Report on the cultivation and use of ganja
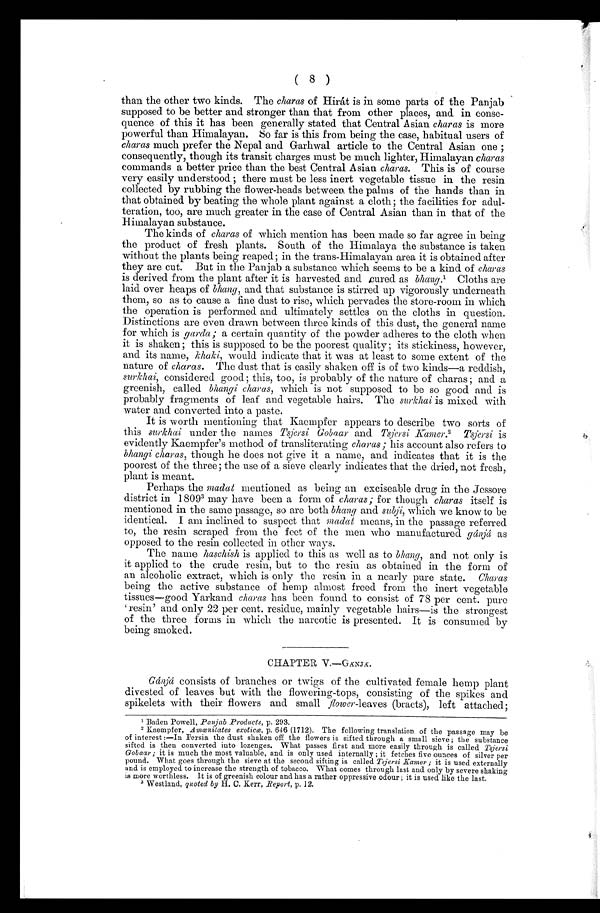
(8)
than the other two kinds. The charas of Hirát is in some parts of the Panjab
supposed to be better and stronger than that from other places, and in conse-
quence of this it has been generally stated that Central Asian charas is more
powerful than Himalayan. So far is this from being the case, habitual users of
charas much prefer the Nepal and Garhwal article to the Central Asian one ;
consequently, though its transit charges must be much lighter, Himalayan charas
commands a better price than the best Central Asian charas. This is of course
very easily understood ; there must be less inert vegetable tissue in the resin
collected by rubbing the flower-heads between the palms of the hands than in
that obtained by beating the whole plant against a cloth; the facilities for adul-
teration, too, are much greater in the case of Central Asian than in that of the
Himalayan substance.
The kinds of charas of which mention has been made so far agree in being
the product of fresh plants. South of the Himalaya the substance is taken
without the plants being reaped; in the trans-Himalayan area it is obtained after
they are cut. But in the Panjab a substance which seems to be a kind of charas
is derived from the plant after it is harvested. and cured as bhang. 1 Cloths are
l a i d . o v e r h e a p s o fb h a n g ,
a n d t h a t s u b s t a n c e i s s t i r r e d u p v i g o r o u s l y u n d e r n e a t h
them, so as to cause a fine dust to rise, which pervades the store-room in which
the operation is performed and ultimately settles on the cloths in question.
Distinctions are even drawn between three kinds of this dust, the general name
for which is garda ; a certain quantity of the powder adheres to the cloth when
it is shaken ; this is supposed to be the poorest quality; its stickiness, however,
and its name, khaki, would indicate that it was at least to some extent of the
nature of charas.T h e d u s t t h a t i s e a s i l y s h a k e n o f f i s o f t w o k i n d s — a r e d d i s h ,
surkhai, considered good ; this, too, is probably of the nature of charas ; and a
greenish, called bhangi charas, which is not supposed to be so good and is
probably fragments of leaf and vegetable hairs. The surkhai is mixed with
water and converted into a paste.
It is worth mentioning that Kaempfer appears to describe two sorts of
this surkhai under the names Tsjersi Gobaar and Tsjersi Kamer2 Tsjersi is
evidently Kaempfer's method of transliterating charas; his account also refers to
bhangi charas, though he does not give it a name, and indicates that it is the
poorest of the three; the use of a sieve clearly indicates that the dried, not fresh,
plant is meant.
Perhaps the madat mentioned as being an exciseable drug in the Jessore
district in 18093 may have been a form of charas; for though charas itself is
mentioned in the same passage, so are both bhang and subji, which we know to be
identical. I am inclined to suspect that madat means, in the passage referred
to, the resin scraped from the feet of the men who manufactured gánjá as
opposed to the resin collected in other ways.
The name haschish is applied to this as well as to bhang, and not only is
it applied to the crude resin, but to the resin as obtained in. the form of
an alcoholic extract, which is only the resin in a nearly pure state. Charas
being the active substance of hemp almost freed from the inert vegetable
tissues—good Yarkand charas has been found to consist of 78 per cent. purè
resin' and only 22 per cent. residue, mainly vegetable hairs—is the strongest
of the three forms in which the narcotic is presented. It is consumed by
being smoked.
CHAPTER V.—GÁNJÁ.
Gánjá consists of branches or twigs of the cultivated female hemp plant
divested of leaves but with the flowering-tops, consisting of the spikes and
spikelets with their flowers and small flower-leaves (bracts), left attached;
1 Baden Powell, Panjab .Products, p. 293.
2 Kaempfer, Amœnilates exoticœ
, p. 646 (1712). The following translation of the passage may be
of interest :—In Persia the dust shaken off the flowers is sifted through a small sieve ; the substance
sifted is then converted into lozenges. What passes first and more easily through is called Tsjersi
Gobaar ; it is much the most valuable, and is only used internally ; it fetches five ounces of silver per
pound. What goes through the sieve at the second sifting is called Tsjersi Kamer ; it is used externally
and is employed to increase the strength of tobacco. What comes through last and only by severe shaking
is more worthless. It is of greenish colour and has a rather oppressive odour ; it is used like the last.
3 Westland, quoted by H. C. Kerr, Report, p. 12.